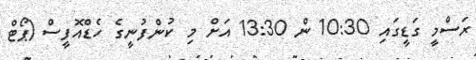
ރަސްމީ ގަޑީގައި 10:30 ން 13:30 އަށް މި ކުންފުނީގެ ހެޑްއޮފީސް (ޕޯޓް